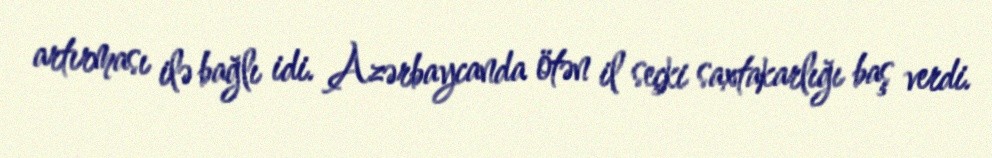
artırması ilə bağlı idi. Azərbaycanda ötən il seçki saxtakarlığı baş verdi.